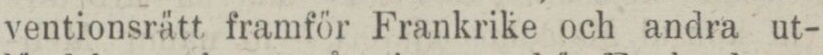
ventionsrätt framför Frankrike och andra ut-